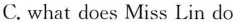
C. what does Miss Lin do